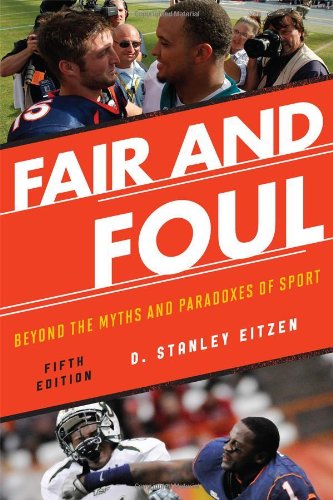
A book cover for Fair and Foul: Beyond the Myths and Paradoxes of Sport; D. Stanley Eitzen; Sports & Outdoors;